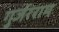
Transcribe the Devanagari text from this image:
गुर्जरराम